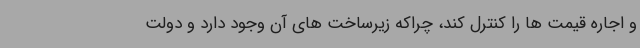
و اجاره قیمت ها را کنترل کند، چراکه زیرساخت های آن وجود دارد و دولت